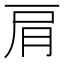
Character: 肩